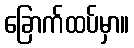
ခြောက်ထပ်မှာ။